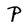
Character: P